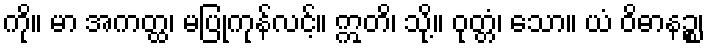
ကို။ မာ အကတ္ထ၊ မပြုကုန်လင့်။ ဣတိ၊ သို့။ ဝုတ္တံ၊ သော။ ယံ ဝိဓာနဉ္စ၊